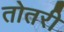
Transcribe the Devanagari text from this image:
तोतरी